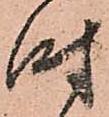
時